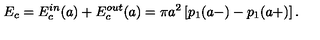
E _ { c } = E _ { c } ^ { i n } ( a ) + E _ { c } ^ { o u t } ( a ) = \pi a ^ { 2 } \left[ p _ { 1 } ( a - ) - p _ { 1 } ( a + ) \right] .